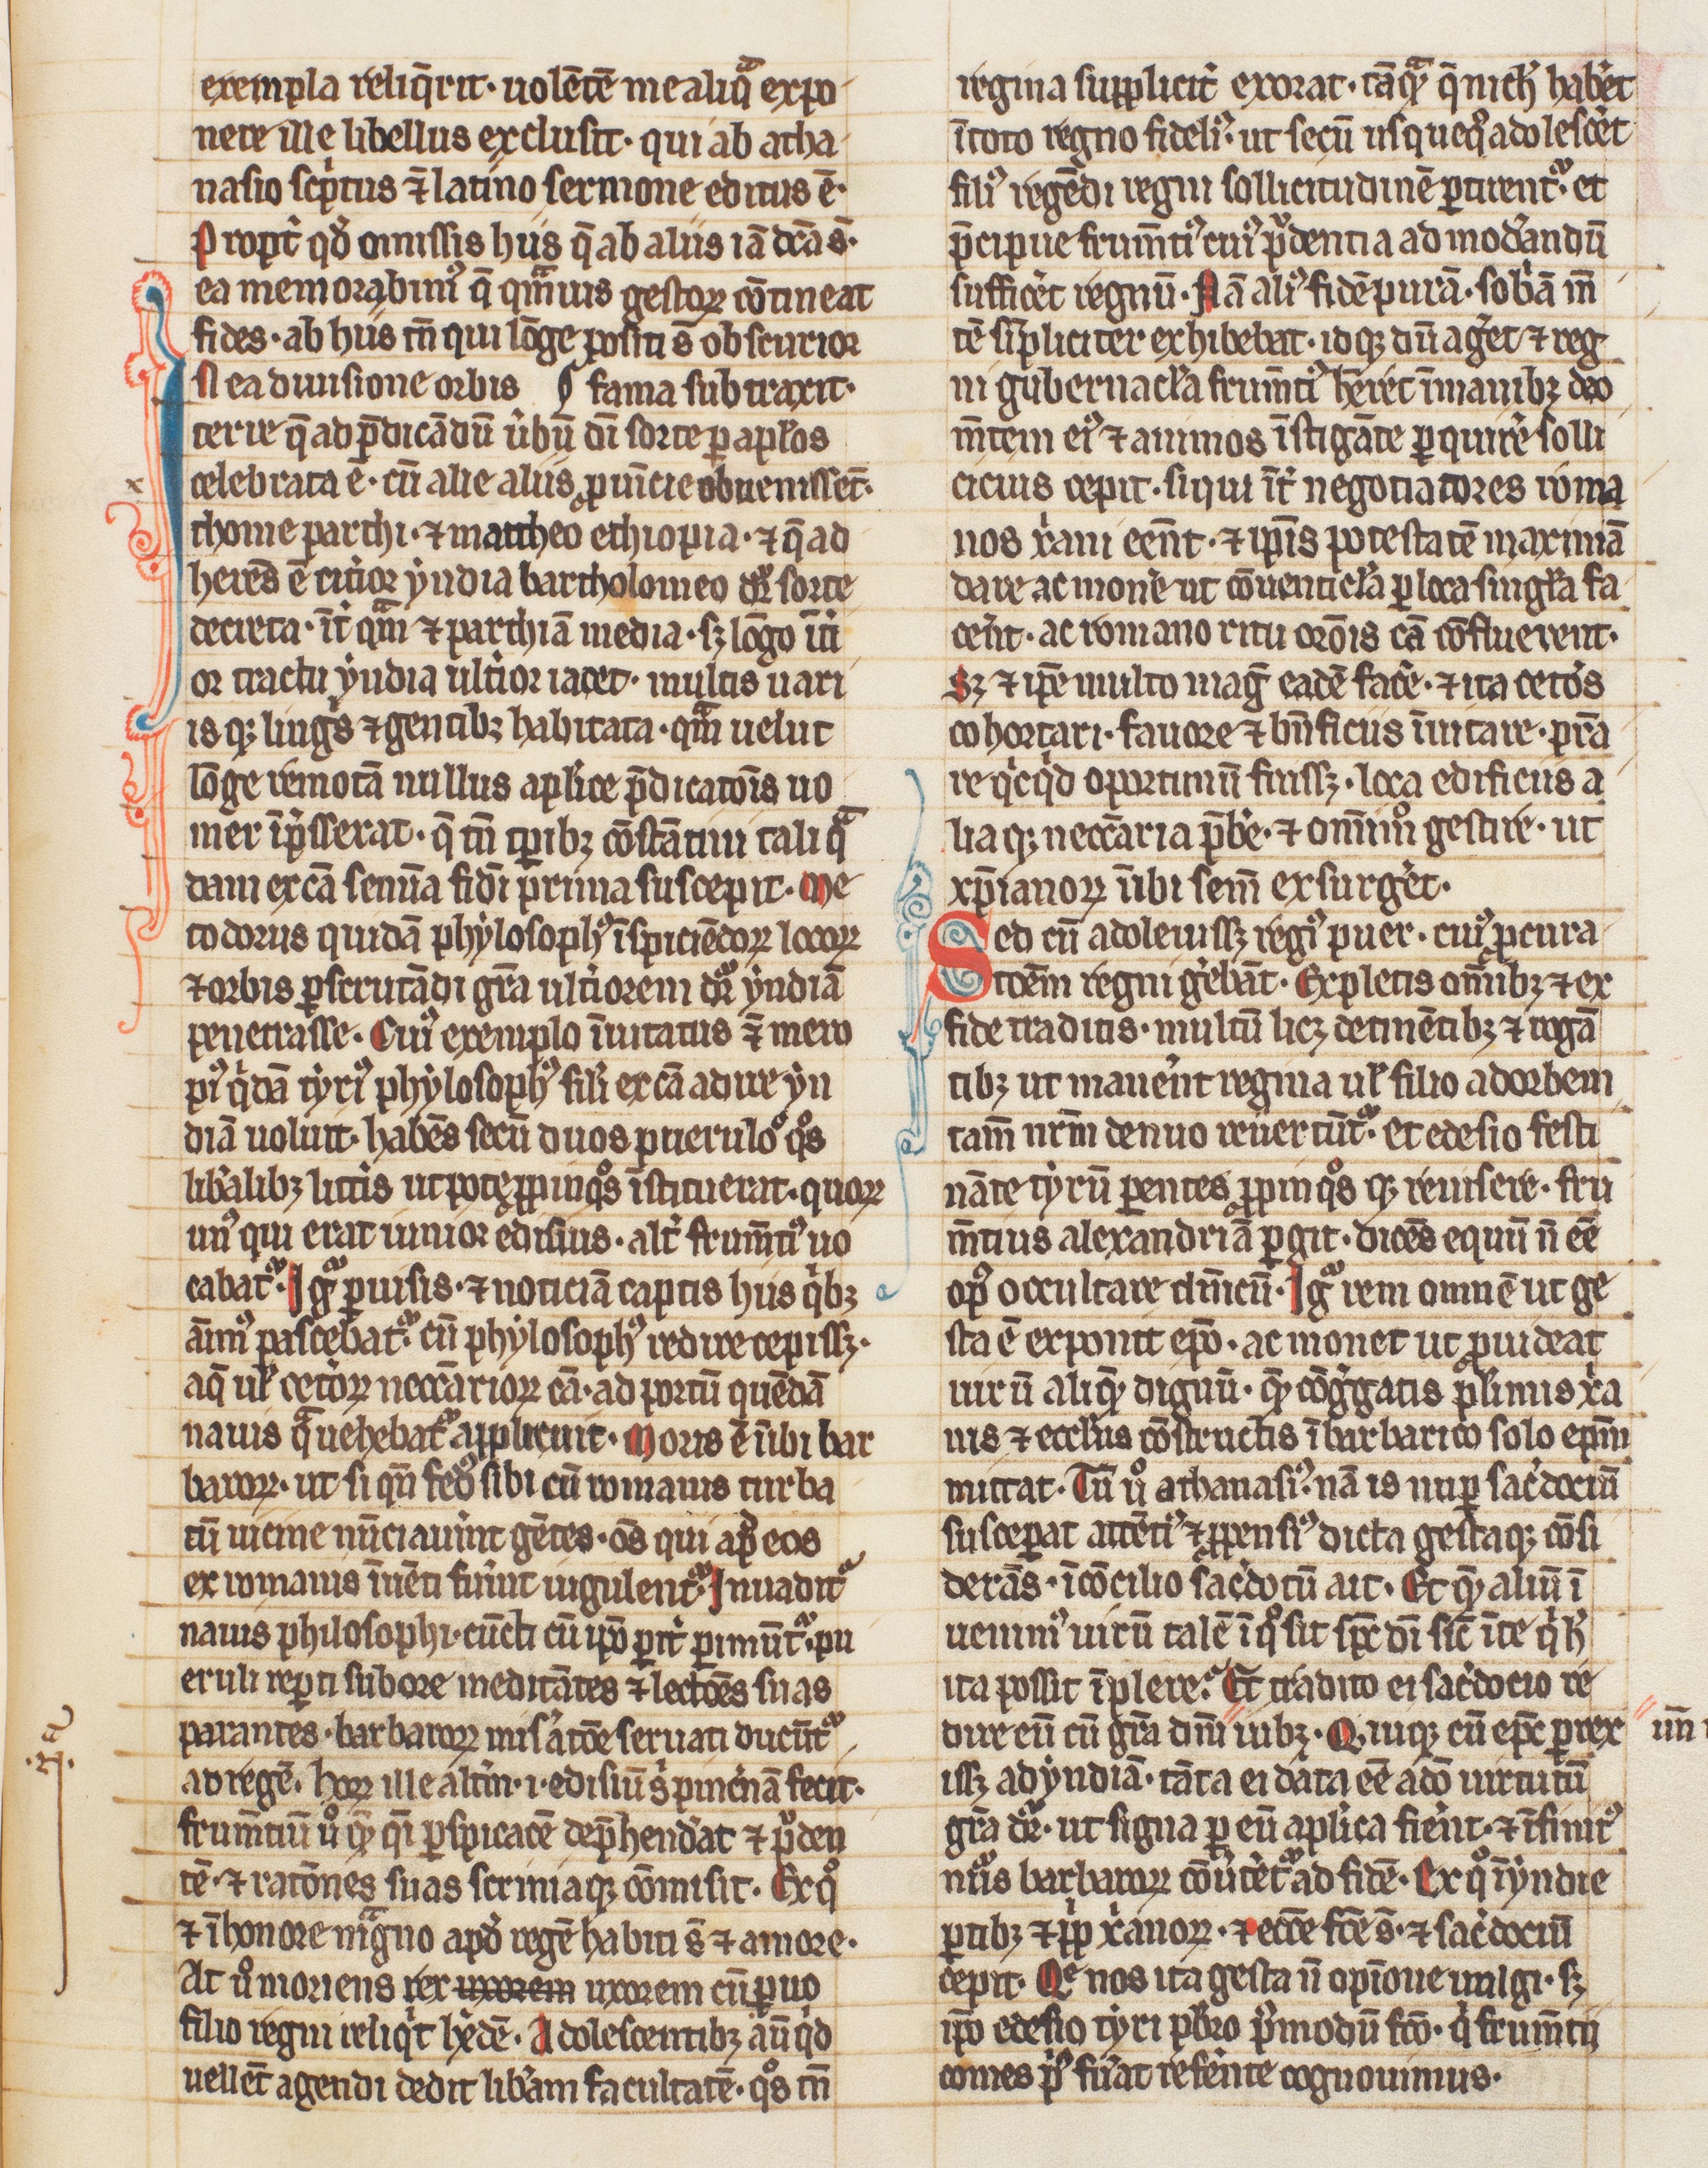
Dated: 1300–1399